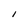
Character: l